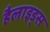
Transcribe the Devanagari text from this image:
हैलाइड्स